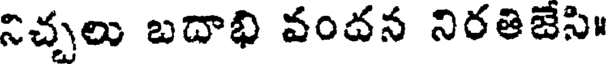
నిచ్చలు బదాభి వందన నిరతిజేసి"